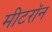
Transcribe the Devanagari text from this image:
मीटरॉन